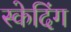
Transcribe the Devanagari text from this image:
स्केदिंग